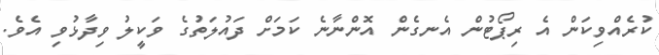
ކުރެއްވިކަން އެ ރިޕޯޓުން އެނގެން އޮންނާނެ ކަމަށް ދައުލަތުގެ ވަކީލު ވިދާޅުވި އެވެ.